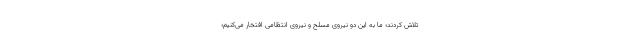
تلاش کردند؛ ما به این دو نیروی مسلح و نیروی انتظامی افتخار می‌کنیم؛